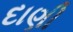
દાણી